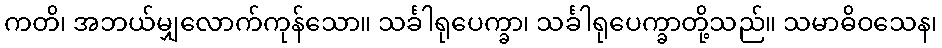
ကတိ၊ အဘယ်မျှလောက်ကုန်သော။ သင်္ခါရုပေက္ခာ၊ သင်္ခါရုပေက္ခာတို့သည်။ သမာဓိဝသေန၊